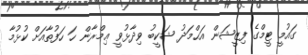
ގައުމީ ޓީމްގެ ފިޒީޝަން އަޙްމަދު ޝަކީބު ވިދާޅުވީ ޢިމްރާން ހަ ހަފުތާއަށް ކުޅުމާ